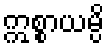
ဣစ္စာယမ္ပိ